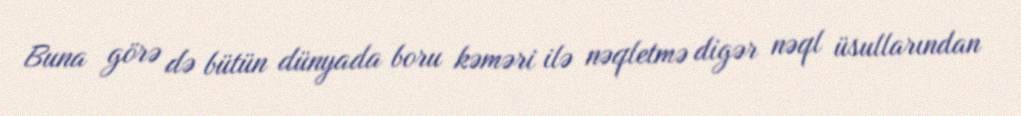
Buna görə də bütün dünyada boru kəməri ilə nəqletmə digər nəql üsullarından